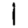
Digit: 1